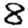
Digit: 8